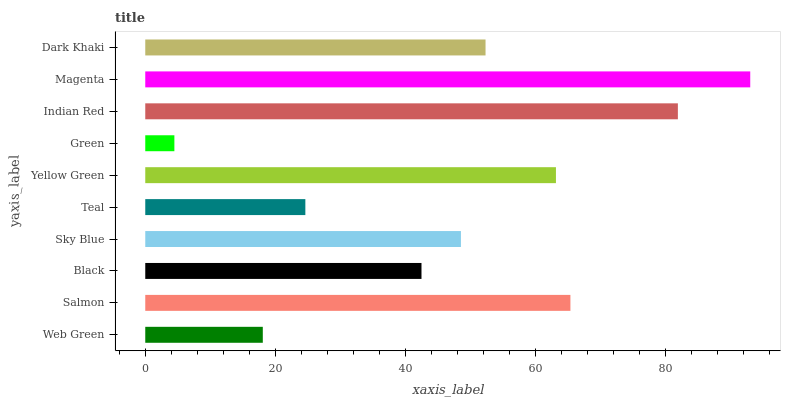
| yaxis_label | bars |
 | --- | --- |
 | Web Green | 18.1 |
 | Salmon | 65.4 |
 | Black | 42.5 |
 | Sky Blue | 48.6 |
 | Teal | 24.6 |
 | Yellow Green | 63.2 |
 | Green | 4.48 |
 | Indian Red | 81.9 |
 | Magenta | 93.1 |
 | Dark Khaki | 52.4 |